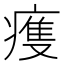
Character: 𤹆